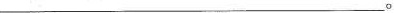
____________________。